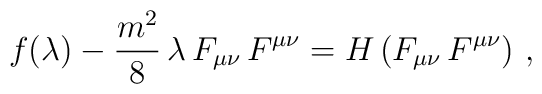
f(\lambda) - \frac{m^{2}}{8}\,\lambda\,F_{\mu\nu}\,F^{\mu\nu} =     H\left(F_{\mu\nu}\,F^{\mu\nu}\right)\,,